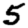
Digit: 5